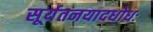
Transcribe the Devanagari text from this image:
सूर्यतनयादधोधः